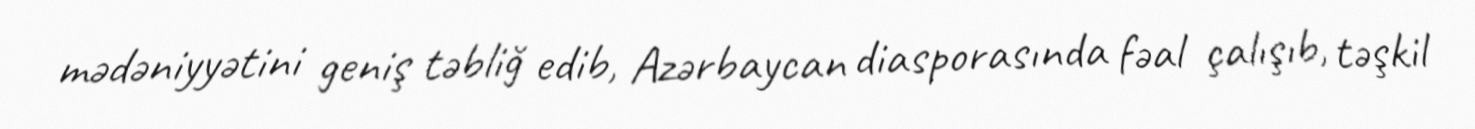
mədəniyyətini geniş təbliğ edib, Azərbaycan diasporasında fəal çalışıb, təşkil